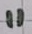
Text: 11